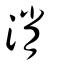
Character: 消